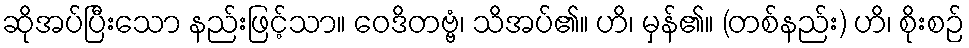
ဆိုအပ်ပြီးသော နည်းဖြင့်သာ။ ဝေဒိတဗ္ဗံ၊ သိအပ်၏။ ဟိ၊ မှန်၏။ (တစ်နည်း) ဟိ၊ စိုးစဉ်